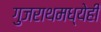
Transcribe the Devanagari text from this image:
गुजराथमध्येही